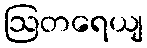
ဩတရေယျ